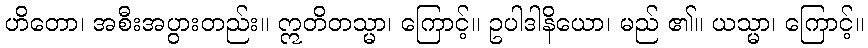
ဟိတော၊ အစီးအပွားတည်း။ ဣတိတသ္မာ၊ ကြောင့်။ ဥပါဒါနိယော၊ မည် ၏။ ယသ္မာ၊ ကြောင့်။